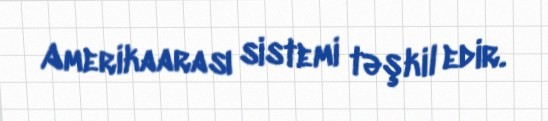
Amerikaarası sistemi təşkil edir.